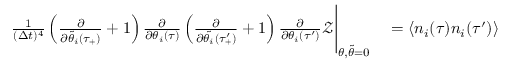
{ } \begin{array} { r l } { \frac { 1 } { ( \Delta t ) ^ { 4 } } \left( \frac { \partial } { \partial \tilde { \theta } _ { i } ( \tau _ { + } ) } + 1 \right) \frac { \partial } { \partial \theta _ { i } ( \tau ) } \left( \frac { \partial } { \partial \tilde { \theta _ { i } } ( \tau _ { + } ^ { \prime } ) } + 1 \right) \frac { \partial } { \partial \theta _ { i } ( \tau ^ { \prime } ) } \mathcal { Z } \Bigg | _ { \theta , \tilde { \theta } = 0 } } & { { } = \langle n _ { i } ( \tau ) n _ { i } ( \tau ^ { \prime } ) \rangle } \end{array}